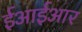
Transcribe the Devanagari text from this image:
ईआईआर